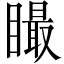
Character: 𥊴